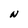
Character: N